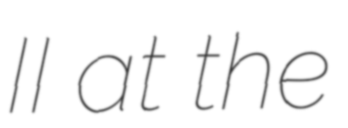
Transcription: II at the